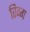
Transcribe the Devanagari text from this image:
रिग्ग